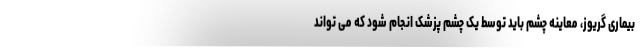
بیماری گریوز، معاینه چشم باید توسط یک چشم پزشک انجام شود که می تواند